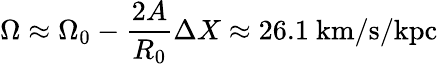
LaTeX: \Omega\approx\Omega_{0}-{\frac{2A}{R_{0}}}\Delta X\approx 26.1{\mathrm{~km/s/kpc}}